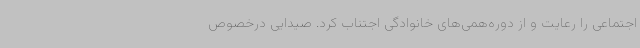
اجتماعی را رعایت و از دوره‌همی‌های خانوادگی اجتناب کرد. صیدایی درخصوص